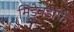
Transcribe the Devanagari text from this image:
मिडेनडॉर्फ